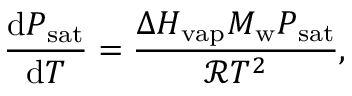
\frac { \mathrm { d } P _ { \mathrm { s a t } } } { \mathrm { d } T } = \frac { \Delta H _ { \mathrm { v a p } } M _ { \mathrm { w } } P _ { \mathrm { s a t } } } { \mathcal { R } T ^ { 2 } } ,